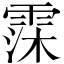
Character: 霂